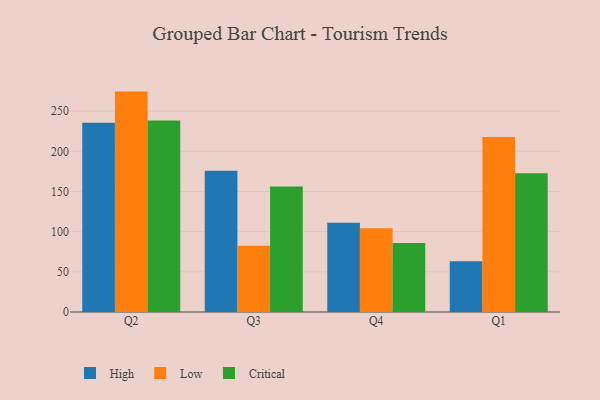
{"axis": {"x": "Quarter", "y": "LTV (USD)"}, "legend": ["Critical", "High", "Low"], "data": [{"x": "Q2", "y": 235.6, "type": "High"}, {"x": "Q2", "y": 274.3, "type": "Low"}, {"x": "Q2", "y": 238.3, "type": "Critical"}, {"x": "Q3", "y": 175.7, "type": "High"}, {"x": "Q3", "y": 82.3, "type": "Low"}, {"x": "Q3", "y": 156.2, "type": "Critical"}, {"x": "Q4", "y": 111.0, "type": "High"}, {"x": "Q4", "y": 104.2, "type": "Low"}, {"x": "Q4", "y": 85.8, "type": "Critical"}, {"x": "Q1", "y": 63.3, "type": "High"}, {"x": "Q1", "y": 217.7, "type": "Low"}, {"x": "Q1", "y": 172.6, "type": "Critical"}]}